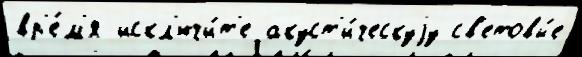
вр'е́м'я искл'ючи́т'е акуст'и́ческуjу св'етовы́е